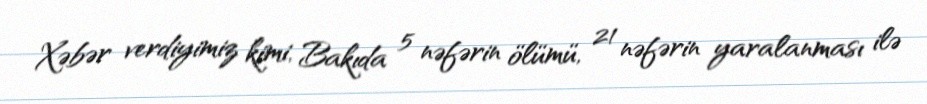
Xəbər verdiyimiz kimi, Bakıda 5 nəfərin ölümü, 21 nəfərin yaralanması ilə